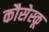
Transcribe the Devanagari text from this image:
कौसेस्कू